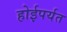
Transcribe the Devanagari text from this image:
होईपर्यत